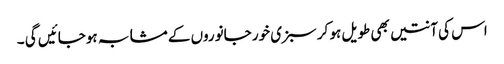
اس کی آنتیں بھی طویل ہو کر سبزی خور جانوروں کے مشابہ ہوجائیں گی ۔